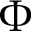
\Phi